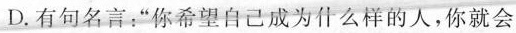
D.有句名言：”你希望自己成为什么样的人，你就会